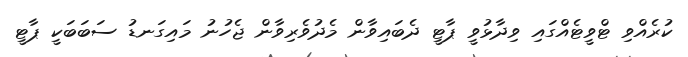
ކުރެއްވި ޓްވީޓެއްގައި ވިދާޅުވީ ޕާޓީ ދެބައިވާން މެދުވެރިވާން ޖެހުނު މައިގަނޑު ސަބަބަކީ ޕާޓީ